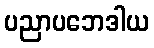
ပညာပဘေဒါယ